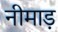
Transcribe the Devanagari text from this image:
नीमाड़